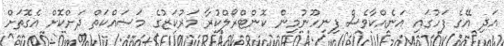
އަދި އޭގެ ފަހުގައި އަނެއްކާވެސް ފިނިހޫނުމިން ކޮންޓްރޯލްކުރާ މަރުކަޒުގެ މަސައްކަތް ދަށްކޮށް އެގޮތަށް